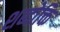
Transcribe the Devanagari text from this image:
शब्दोक्ति